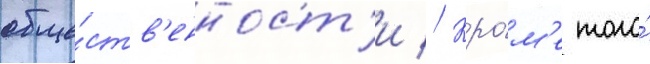
обще́ств'енност'и // Кро́м'е того́